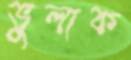
ভুলাক